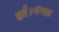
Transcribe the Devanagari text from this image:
हुई।मंगल